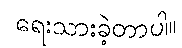
ရေးသားခဲ့တာပါ။